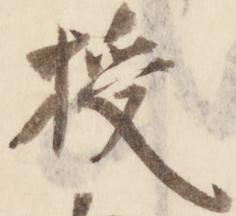
授